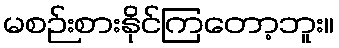
မစဉ်းစားနိုင်ကြတော့ဘူး။